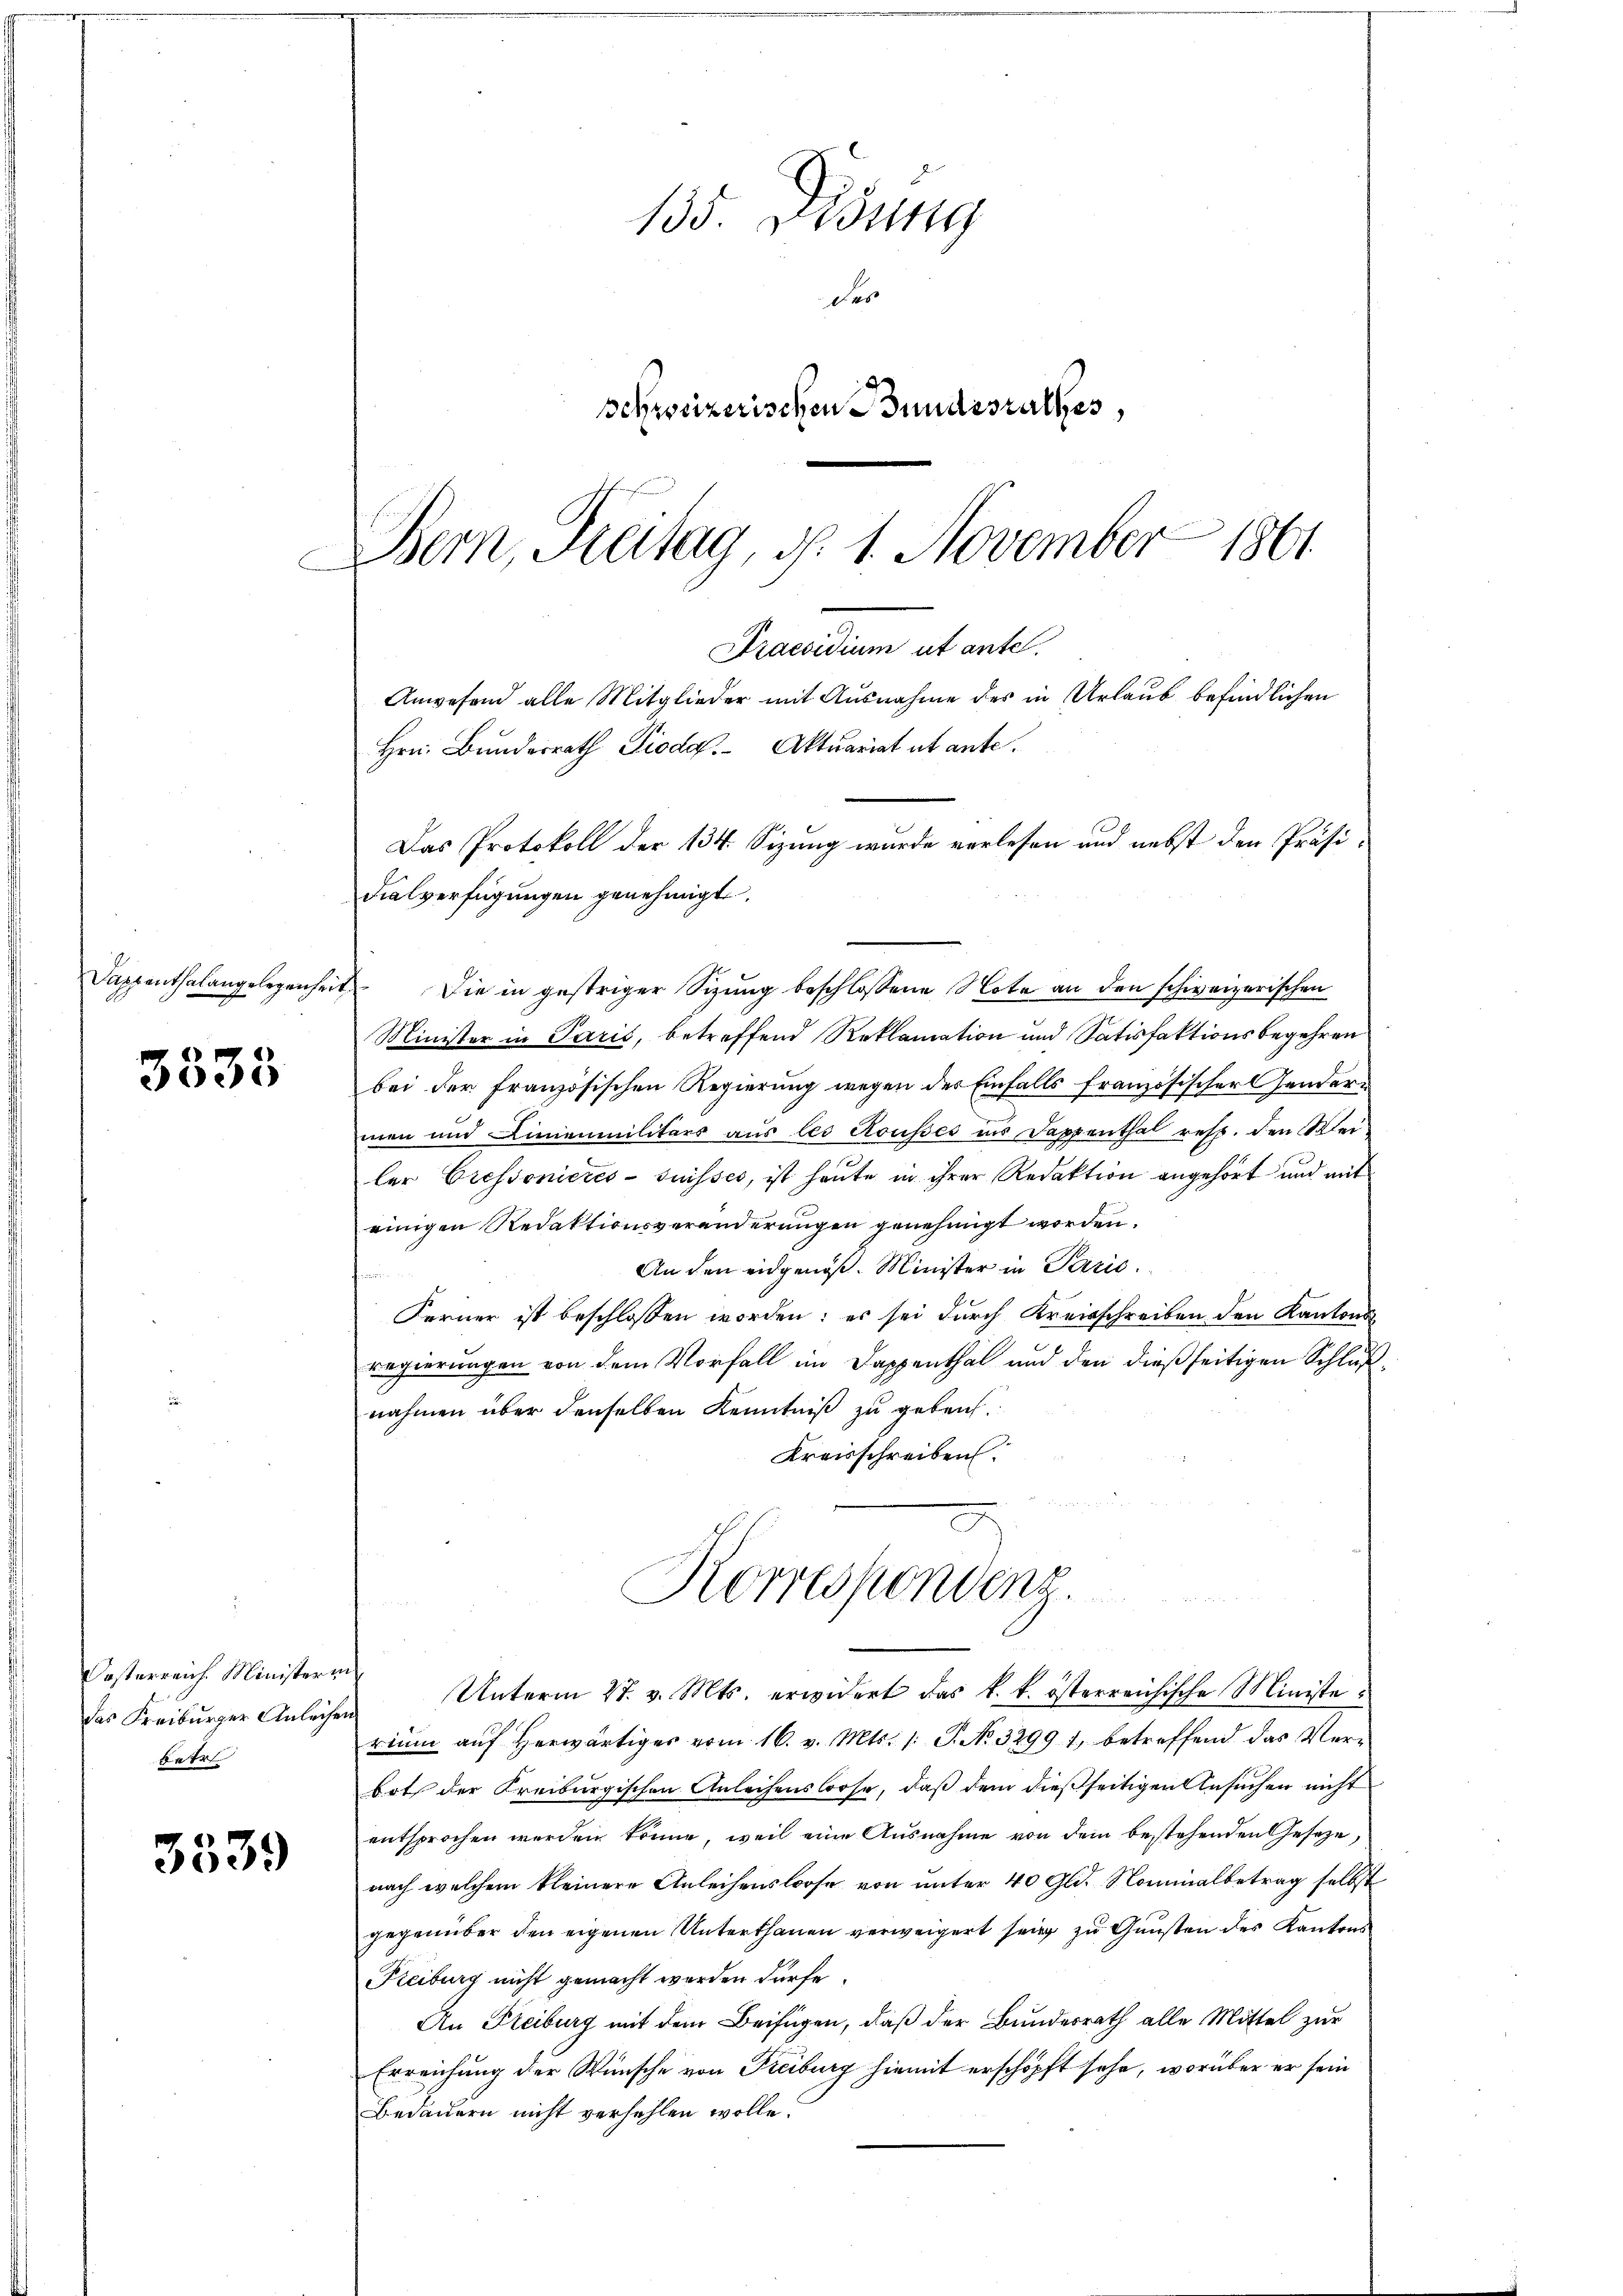
3535

Oesterreich Ministerri
das Freiburger Anleihen.
betr

3339

135. Beding
des
Schweizerischen Bundesrathes,
Bern, Freitag, d. 1. November 1861

Praesidium ut antel.
Anwesend alle Mitglieder mit Ausnahme des in Urlaub befindlichen
Hrn. Bunderrath Pioda. Aktuariat ut ante.
Das Protokoll der 134. Sizung wurde verlesen und nebst den Präsi-
Fialverfügungen genehmigt.

Sappenthalangelegenheit Die in gestriger Sizung beschlossene Note an den schweizerischen
Minister in Paris, betreffend Reklamation und Satisfaktionsbegehren
bei der französischen Regierung wegen des Einfalls französischer Gendermen und Linienmilitärs aus les Rousses ins Dappenthal resp. den Weiler Cressonieres-Suisses, ist heute in ihrer Redaktion angehört und mit
einigen Redaktionsveränderungen genehmigt worden.
An den eidgenöß. Minister in Paric
Ferner ist beschlossen worden; es sei durch Kreisschreiben den Kantons
regierungen von dem Vorfall im Dappenthal und den dießseitigen Schluß
nahmen über denselben Kenntniß zu gebruch.
Kreisschreiben.

Korrespondenz.

Unterm 27. v. Mts. erwidert das k. k. österreichische Ministe
riŭm aŭf herwärtiger vom 16. v. Mts. 1. P. No. 3299 1, betreffend das Ver-
both der Kreiburgischen Anleihenslose, daß dem dießseitigen Ansuchen nicht
entsprochen werden könne, weil eine Ausnahme von dem bestehenden Gesetze,
nach welchem kleinere Anleihensloose von unter 40 Gld. Nominalbetrag selbst
gegenüber den eigenen Unterthanen verweigert sei, zu Gunsten des Kantons
Freiburg nicht gemacht werden dürfe.
An Freiburg mit dem Beifügen, daß der Bundesrath alle Mittel zur
Erreichung der Wünsche von Freiburg hiemit erschöpft sehe, worüber er sein
Bedauern nicht verfehlen wolle.